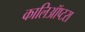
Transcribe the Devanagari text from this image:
कालिऑप्टरा